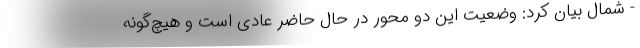
- شمال بیان کرد: وضعیت این دو محور در حال حاضر عادی است و هیچ‌گونه